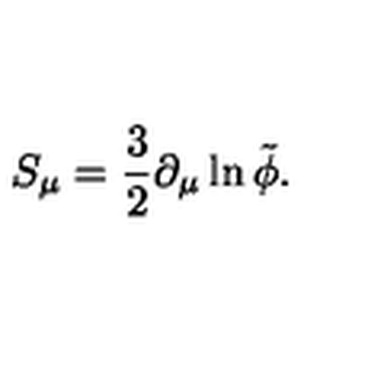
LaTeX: S _ { \mu } = \frac { 3 } { 2 } \partial _ { \mu } \ln { \tilde { \phi } } .